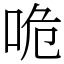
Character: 𠱓